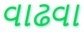
વાઢવા